Vaccination North-Western Provinces and Oudh 1896-1901 - 1896-1901
Year: 1896
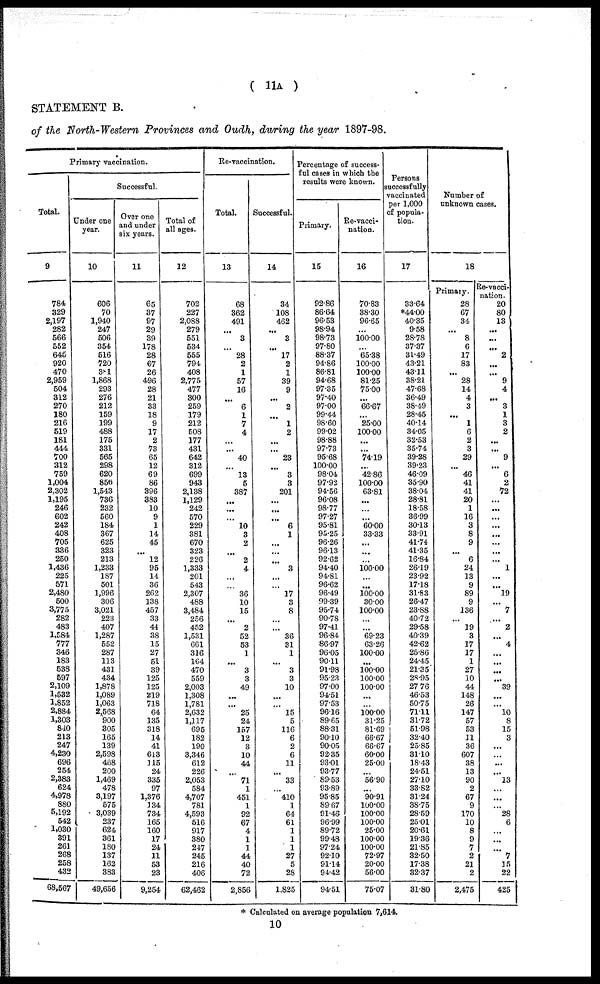
( 11A )
STATEMENT B.
of the North-Western Provinces and Oudh, during the year 1897-98.
Primary vaccination.
Total.
9
784
329
2,197
282
566
552
645
920
470
2,959
504
312
270
180
216
519
181
444
700
312
759
1,004
2,302
1,195
246
602
242
408
705
336
250
1,436
225
571
2,480
500
3,775
282
483
1,584
777
346
183
538
597
2,109
1,532
1,852
2,884
1,303
840
213
247
4,230
696
254
2,383
624
4,978
880
5,192
542
1,030
391
261
268
258
432
68,567
Successful.
Under one
year.
10
606
70
1,940
247
506
354
516
720
381
1,868
293
276
212
159
199
488
175
331
565
298
620
856
1,543
736
232
560
184
367
625
323
213
1,233
187
501
1,996
306
3,021
223
407
1,287
552
287
113
431
434
1,878
1,089
1,063
2,568
900
305
165
139
2,598
468
200
1,469
478
3,197
575
3,039
237
624
361
180
137
162
383
49,656
Over one
and under
six years.
11
65
37
97
29
39
178
28
67
26
496
28
21
33
18
9
17
2
73
65
12
69
86
396
383
10
9
1
14
45
...
12
95
14
36
262
138
457
33
44
38
15
27
51
39
125
125
219
718
64
135
318
14
41
613
115
24
335
97
1,376
134
734
165
160
17
24
11
53
23
9,254
Total of
all ages.
12
702
227
2,088
279
551
534
555
794
408
2,775
477
300
259
179
212
508
177
431
642
312
699
943
2,138
1,129
242
570
229
381
670
323
226
1,333
201
543
2,307
488
3,484
256
452
1,531
661
316
164
470
559
2,003
1,308
1,781
2,632
1,117
695
182
190
3,346
612
226
2,053
584
4,707
781
4,593
516
917
380
247
245
216
406
62,462
Re-vaccination.
Total.
13
68
362
491
...
3
...
28
2
1
57
16
...
6
1
7
4
...
...
40
...
13
5
387
...
...
...
10
3
2
...
2
4
...
...
36
10
15
...
2
52
53
1
...
3
3
49
...
...
25
24
157
12
3
10
44
...
71
1
451
1
92
67
4
1
1
44
40
72
2,856
Successful.
14
34
108
462
...
3
...
17
2
1
39
9
...
2
...
1
2
...
...
23
...
3
3
201
...
...
...
6
1
...
...
...
3
...
...
17
3
8
...
...
36
31
1
...
3
3
10
...
...
15
5
116
6
2
6
11
...
33
...
410
1
64
61
1
1
1
27
5
28
1,825
Percentage of success-
ful cases in which the
results were known.
Primary.
15
92.86
86.64
96.53
98.94
98.73
97.80
88.37
94.86
86.81
94.68
97.35
97.40
97.00
99.44
98.60
99.02
98.88
97.73
95.68
100.00
98.04
97.92
94.56
96.08
98.77
97.27
95.81
95.25
96.26
96.13
92.62
94.40
94.81
96.62
96.49
99.39
95.74
90.78
97.41
96.84
86.97
96.05
90.11
91.98
95.23
97.00
94.51
97.53
96.16
89.65
88.31
90.10
90.05
92.35
93.01
93.77
89.53
93.89
95.85
89.67
91.46
96.99
89.72
99.48
97.24
92.10
91.14
94.42
94.51
Re-vacci-
nation.
16
70.83
38.30
96.65
...
100.00
...
65.38
100.00
100.00
81.25
75.00
...
66.67
...
25.00
100.00
...
...
74.19
...
42.86
100.00
63.81
...
...
...
60.00
33.33
...
...
...
100.00
...
...
100.00
30.00
100.00
...
...
69.23
63.26
100.00
...
100.00
100.00
100.00
...
...
100.00 31.25
81.69
66.67
66.67
60.00
25.00
...
56.90
...
90.91
100.00
100.00
100.00
25.00
100.00
100.00
72.97
20.00
56.00
75.07
Persons
successfully
vaccinated
per 1,000
of popula-
tion.
17
33.64
*44.00
40.35
9.58
28.78
37.37
31.49
43.21
43.11
38.21
47.68
36.49
38.49
28.45
40.14
34.05
32.53
35.74
39.28
39.23
46.09
35.90
38.04
28.81
18.58
36.99
30.13
33.91
41.74
41.35
16.84
26.19
23.92
17.18
31.83
26.47
23.88
40.72
29.58
40.39
42.62
25.86
24.45
21.35
28.95
27.76
46.53
50.75
71.11
31.72
51.98
32.40
25.85
31.10
18.43
24.51
27.10
33.82
31.24
38.75
28.59
25.01
20.61
19.36
21.85
32.50
17.38
32.37
31.80
Number of
unknown cases.
18
Primary.
28
67
34
...
8
6
17
83
...
28
14
4
3
...
1
6
2
3
29
...
46
41
41
20
1
16
3
8
9
...
6
24
13
9
89
9
136
...
19
3
17
17
1
27
10
44
148
26
147
57
53
11
36
607
38
13
90
2
67
9
170
10
8
9
7
2
21
2
2,475
Re-vacci¬
nation.
20
80
13
...
...
...
2
...
...
9
4
...
3
1
3
2
...
...
9
...
6
2
72
...
...
...
...
...
...
...
...
1
...
...
19
...
7
...
2
...
4
...
...
...
...
39
...
...
10
8
15
3
...
...
...
...
13
...
...
...
28
6
...
...
...
7
15
22
425
* Calculated on average population 7,614.
10